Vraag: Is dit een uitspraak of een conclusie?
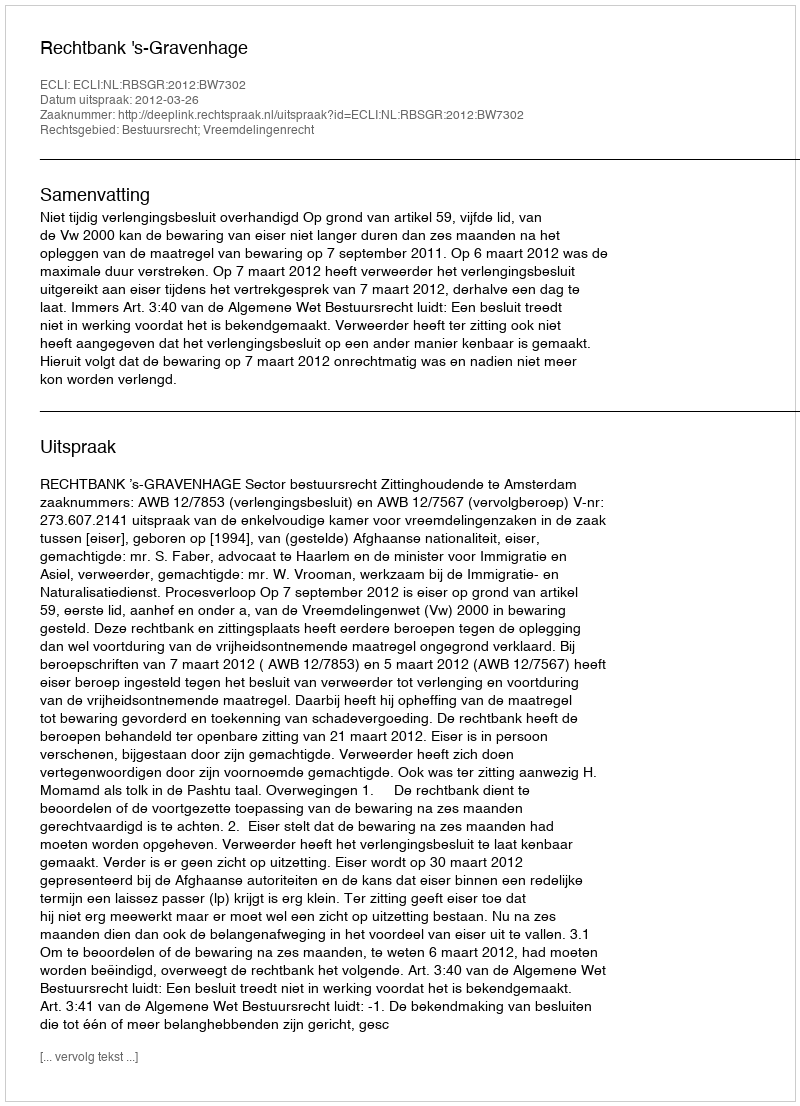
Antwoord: Uitspraak